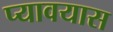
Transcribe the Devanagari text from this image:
प्यावयास